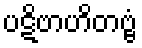
ပဋိဗာဟိတဗ္ဗံ